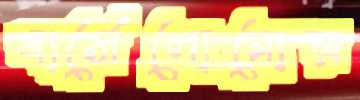
বার্সেলোনোয়